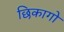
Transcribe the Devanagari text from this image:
छिकागो